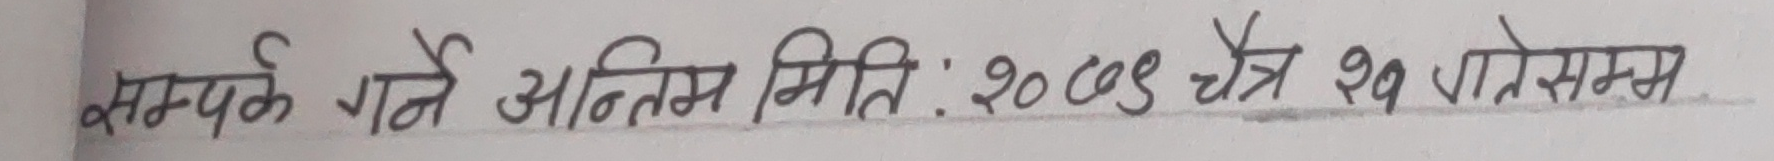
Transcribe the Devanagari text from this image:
सम्पर्क गर्ने अन्तिम मिति : २०७९ चैत्र २१ गतेसम्म